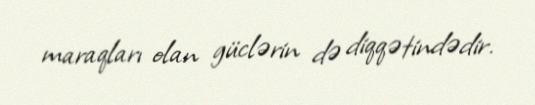
maraqları olan güclərin də diqqətindədir.